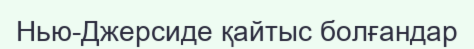
Нью-Джерсиде қайтыс болғандар